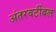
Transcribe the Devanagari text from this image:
अंतरवर्टीबल